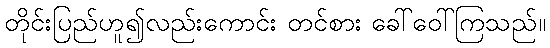
တိုင်းပြည်ဟူ၍လည်းကောင်း တင်စား ခေါ်ဝေါ်ကြသည်။